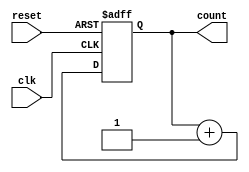
module binary_counter (
    input wire clk,          // Clock input
    input wire reset,        // Active-high reset input
    output reg [1:0] count   // 2-bit counter output
);

// Task to increment the counter
task increment_counter;
    begin
        count <= count + 1; // Non-blocking assignment for counter increment
    end
endtask

// Continuous assignment block
always @(posedge clk or posedge reset) begin
    if (reset) begin
        count <= 2'b00; // Reset the count to 0
    end else begin
        increment_counter(); // Call the task to increment the counter
    end
end

endmodule